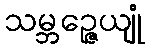
သမ္ဘဉ္ဇေယျုံ